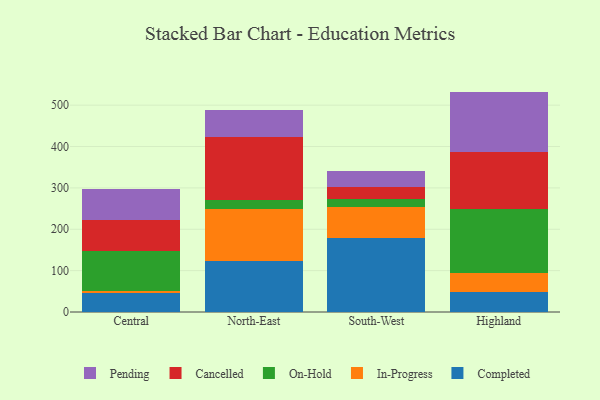
{"axis": {"x": "Region", "y": "Conversion Rate (%)"}, "legend": ["Cancelled", "Completed", "In-Progress", "On-Hold", "Pending"], "data": [{"x": "Central", "y": 46.3, "type": "Completed"}, {"x": "Central", "y": 5.4, "type": "In-Progress"}, {"x": "Central", "y": 96.3, "type": "On-Hold"}, {"x": "Central", "y": 73.4, "type": "Cancelled"}, {"x": "Central", "y": 76.4, "type": "Pending"}, {"x": "North-East", "y": 122.2, "type": "Completed"}, {"x": "North-East", "y": 127.3, "type": "In-Progress"}, {"x": "North-East", "y": 21.6, "type": "On-Hold"}, {"x": "North-East", "y": 153.1, "type": "Cancelled"}, {"x": "North-East", "y": 63.0, "type": "Pending"}, {"x": "South-West", "y": 180.0, "type": "Completed"}, {"x": "South-West", "y": 72.7, "type": "In-Progress"}, {"x": "South-West", "y": 20.4, "type": "On-Hold"}, {"x": "South-West", "y": 28.4, "type": "Cancelled"}, {"x": "South-West", "y": 40.0, "type": "Pending"}, {"x": "Highland", "y": 48.4, "type": "Completed"}, {"x": "Highland", "y": 45.6, "type": "In-Progress"}, {"x": "Highland", "y": 154.8, "type": "On-Hold"}, {"x": "Highland", "y": 138.1, "type": "Cancelled"}, {"x": "Highland", "y": 145.9, "type": "Pending"}]}